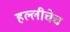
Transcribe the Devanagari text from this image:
हल्लीचेच